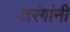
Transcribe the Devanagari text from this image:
तरंगांनी